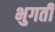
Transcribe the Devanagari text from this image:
भुगती